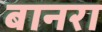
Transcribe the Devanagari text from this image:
बानरा